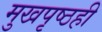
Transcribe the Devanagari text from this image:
मुखपृष्ठही